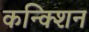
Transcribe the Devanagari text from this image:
कन्क्शिन